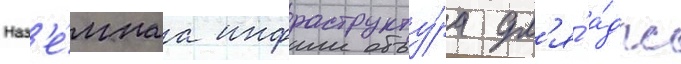
Наз'е́мнаа инфраструкту́ра дл'я́ а́дпс